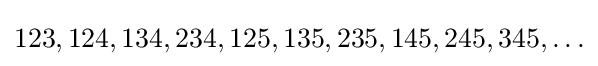
123,124,134,234,125,135,235,145,245,345,\ldots